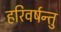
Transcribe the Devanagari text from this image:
हरिवर्षन्तु